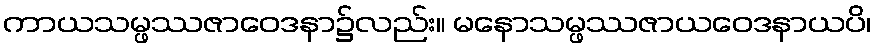
ကာယသမ္ဖဿဇာဝေဒနာ၌လည်း။ မနောသမ္ဖဿဇာယဝေဒနာယပိ၊